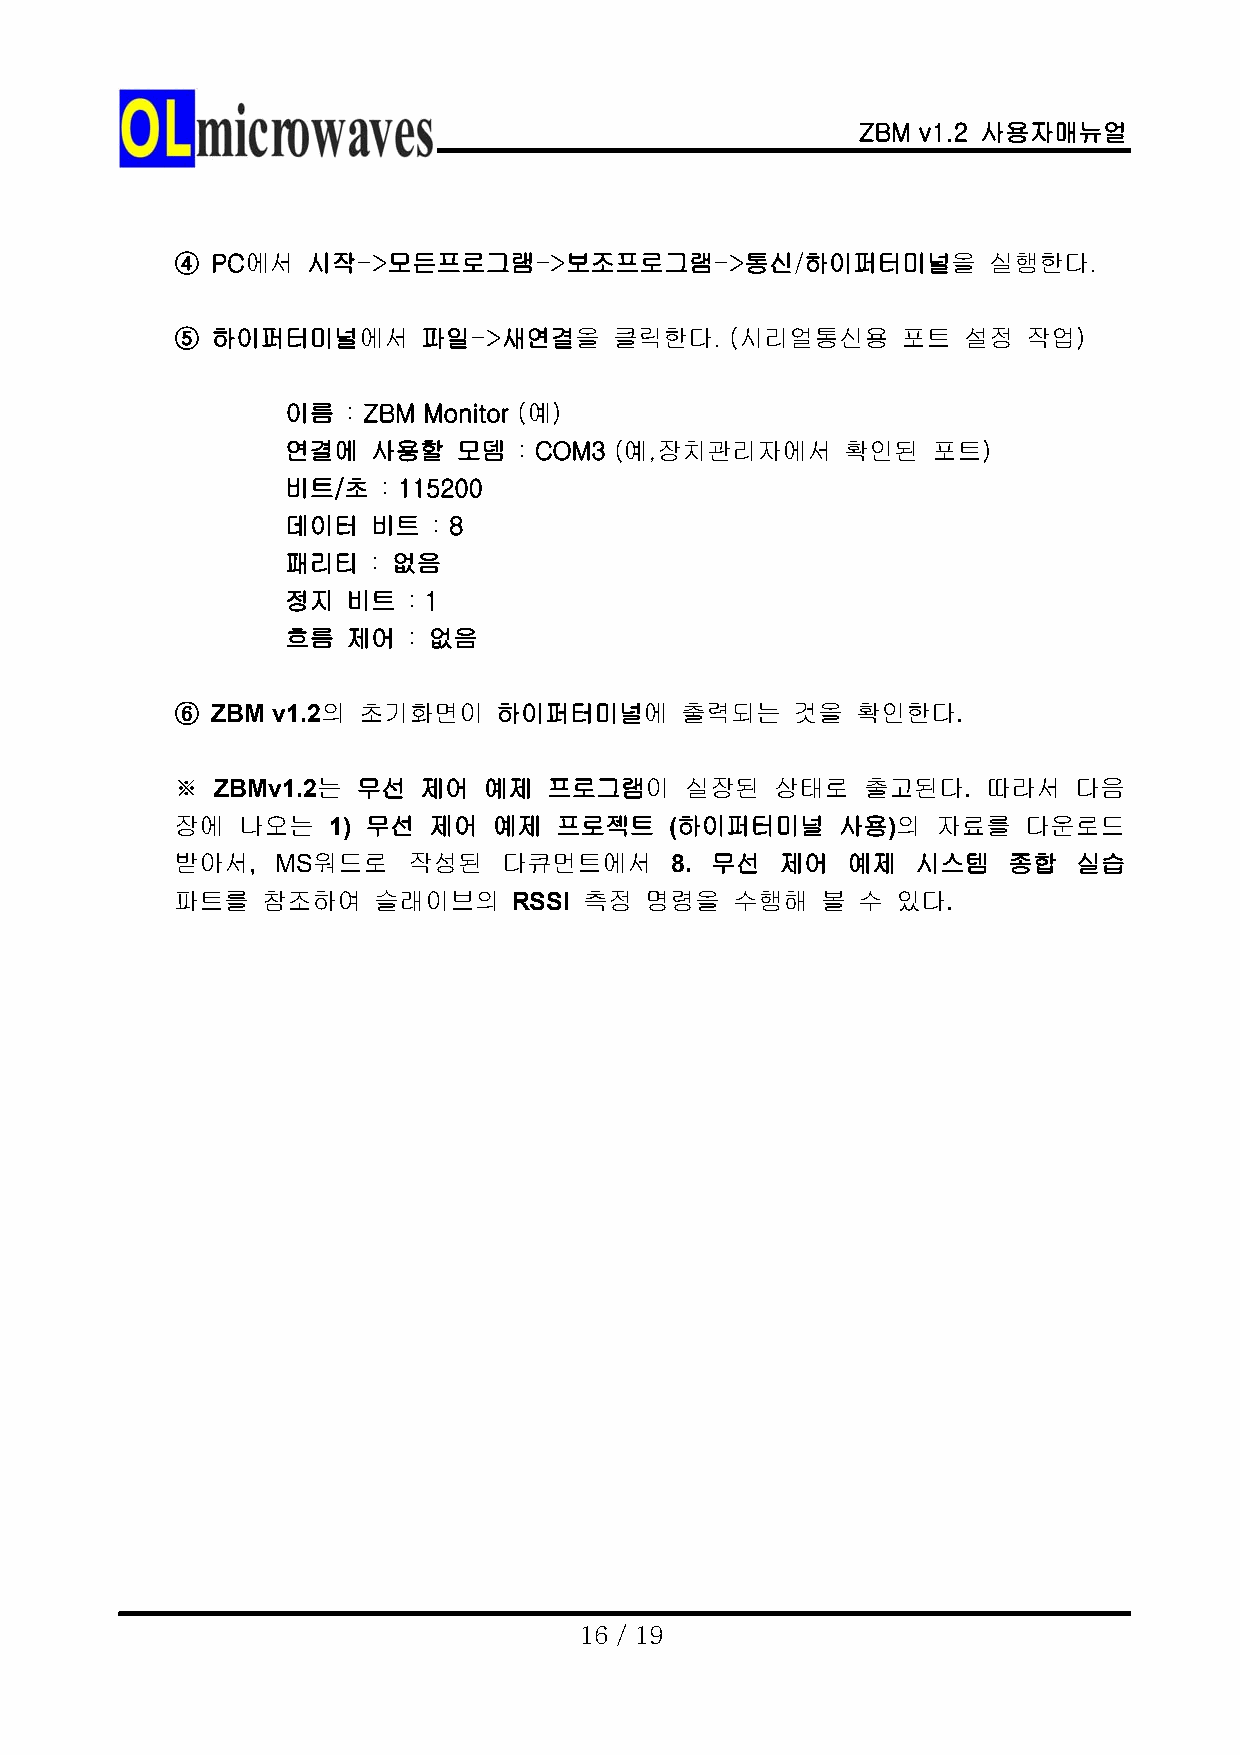
ZBM v1.2 사용자매뉴얼
 ④ PC에서  시작->모든프로그램->보조프로그램->통신/하이퍼터미널을               실행한다.
 ⑤ 하이퍼터미널에서      파일->새연결을     클릭한다.  (시리얼통신용     포트  설정  작업)
 이름  : ZBM Monitor (예)
 연결에   사용할  모뎀  : COM3 (예,장치관리자에서     확인된   포트)
 비트/초  : 115200
 데이터   비트  : 8
 패리티   : 없음
 정지  비트  : 1
 흐름  제어  : 없음
 ⑥ ZBM v1.2의 초기화면이    하이퍼터미널에     출력되는    것을  확인한다.
 ※ ZBMv1.2는  무선  제어  예제  프로그램이    실장된   상태로   출고된다.   따라서   다음
 장에  나오는   1) 무선 제어   예제  프로젝트   (하이퍼터미널     사용)의  자료를   다운로드
 받아서,  MS워드로    작성된   다큐먼트에서     8. 무선   제어  예제   시스템   종합  실습
 파트를  참조하여    슬래이브의    RSSI 측정  명령을   수행해  볼  수 있다.
 16 / 19